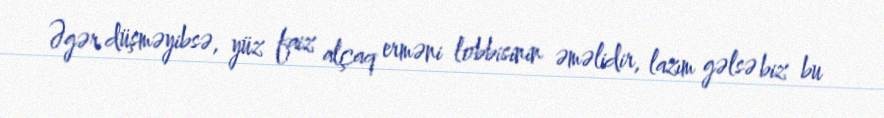
Əgər düşməyibsə, yüz faiz alçaq erməni lobbisinin əməlidir, lazım gəlsə biz bu